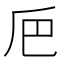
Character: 𠂬